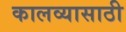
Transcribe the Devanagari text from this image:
कालव्यासाठी